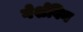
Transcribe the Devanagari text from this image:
गेर्शविन